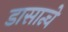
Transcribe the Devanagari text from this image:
डासान्चे